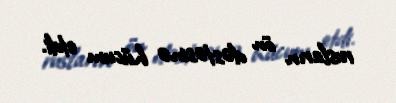
rusların ön dəstəsinə hücum etdi.